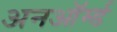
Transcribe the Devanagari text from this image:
अनऑर्म्ड